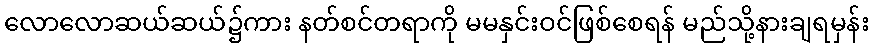
လောလောဆယ်ဆယ်၌ကား နတ်စင်တရာကို မမနှင်းဝင်ဖြစ်စေရန် မည်သို့နားချရမှန်း